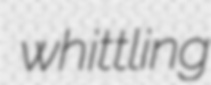
whittling